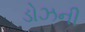
ડોઝની